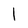
Character: 1